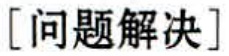
[问题解决]